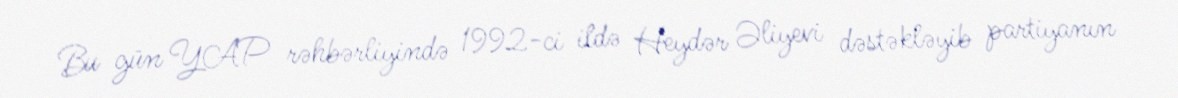
Bu gün YAP rəhbərliyində 1992-ci ildə Heydər Əliyevi dəstəkləyib partiyanın